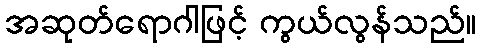
အဆုတ်ရောဂါဖြင့် ကွယ်လွန်သည်။